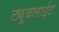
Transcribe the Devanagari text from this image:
ट्यूबलाईट